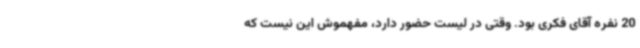
20 نفره آقای فکری بود. وقتی در لیست حضور دارد، مفهموش این نیست که